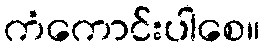
ကံကောင်းပါစေ။